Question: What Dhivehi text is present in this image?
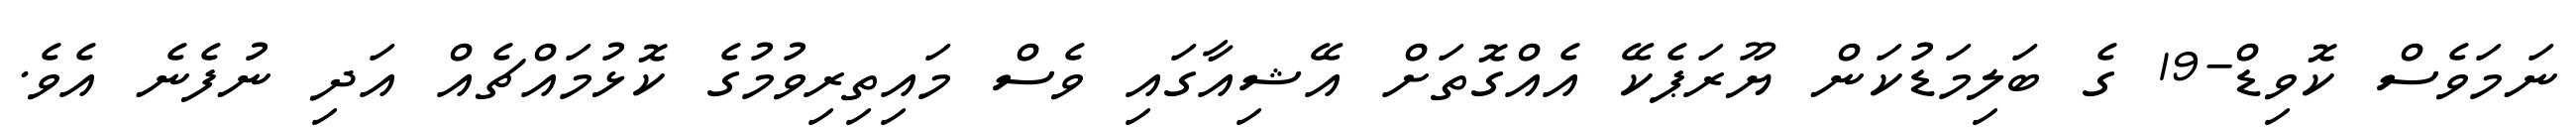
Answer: ނަމަވެސް ކޮވިޑް-19 ގެ ބަލިމަޑުކަން ޔޫރަޕެކޭ އެއްގޮތަށް އޭޝިއާގައި ވެސް މައިތިރިވުމުގެ ކޮޅުމައްޗެއް އަދި ނުފެނެ އެވެ.